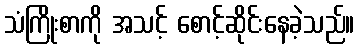
သံကြိုးစာကို အသင့် စောင့်ဆိုင်းနေခဲ့သည်။